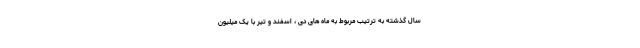
سال گذشته به ترتیب مربوط به ماه های دی ، اسفند و تیر با یک میلیون